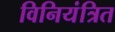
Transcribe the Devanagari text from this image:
विनियंत्रित